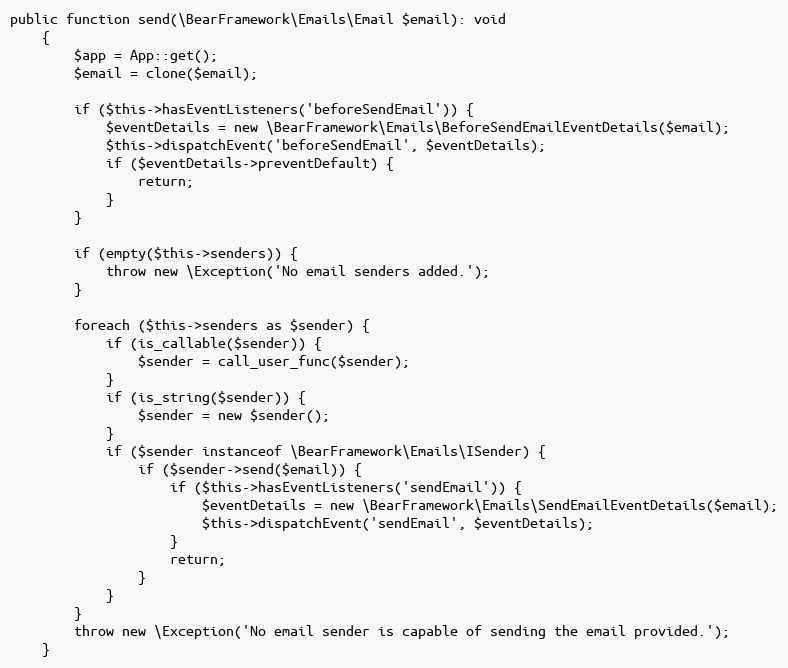
Language: PHP
public function send(\BearFramework\Emails\Email $email): void
    {
        $app = App::get();
        $email = clone($email);

        if ($this->hasEventListeners('beforeSendEmail')) {
            $eventDetails = new \BearFramework\Emails\BeforeSendEmailEventDetails($email);
            $this->dispatchEvent('beforeSendEmail', $eventDetails);
            if ($eventDetails->preventDefault) {
                return;
            }
        }

        if (empty($this->senders)) {
            throw new \Exception('No email senders added.');
        }

        foreach ($this->senders as $sender) {
            if (is_callable($sender)) {
                $sender = call_user_func($sender);
            }
            if (is_string($sender)) {
                $sender = new $sender();
            }
            if ($sender instanceof \BearFramework\Emails\ISender) {
                if ($sender->send($email)) {
                    if ($this->hasEventListeners('sendEmail')) {
                        $eventDetails = new \BearFramework\Emails\SendEmailEventDetails($email);
                        $this->dispatchEvent('sendEmail', $eventDetails);
                    }
                    return;
                }
            }
        }
        throw new \Exception('No email sender is capable of sending the email provided.');
    }